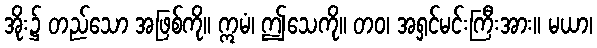
အိုး၌ တည်သော အဖြစ်ကို။ ဣမံ၊ ဤသေကို။ တဝ၊ အရှင်မင်းကြီးအား။ မယာ၊